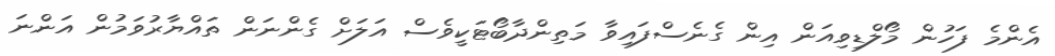
އެންމެ ފަހުން މޯލްޑިވިއަން އިން ގެނެސްފައިވާ މަތިންދާބޯޓަކީވެސް އަލަށް ގެންނަން ތައްޔާރުވަމުން އަންނަ